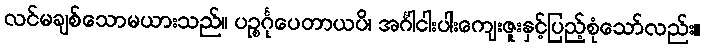
လင်မချစ်သောမယားသည်။ ပဉ္စင်္ဂုပေတာယပိ၊ အင်္ဂါငါးပါးကျေးဇူးနှင့်ပြည့်စုံသော်လည်း။